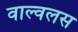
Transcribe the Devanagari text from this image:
वाल्वलस